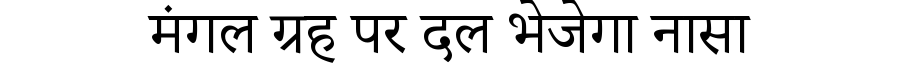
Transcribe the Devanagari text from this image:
मंगल ग्रह पर दल भेजेगा नासा